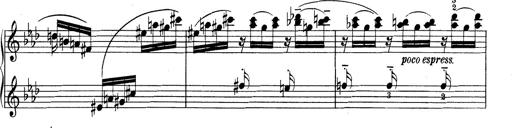
Title: Variationen Ã¼ber das Motiv von Bach
Composer: Franz Liszt